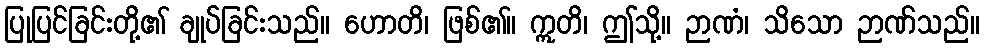
ပြုပြင်ခြင်းတို့၏ ချုပ်ခြင်းသည်။ ဟောတိ၊ ဖြစ်၏။ ဣတိ၊ ဤသို့။ ဉာဏံ၊ သိသော ဉာဏ်သည်။